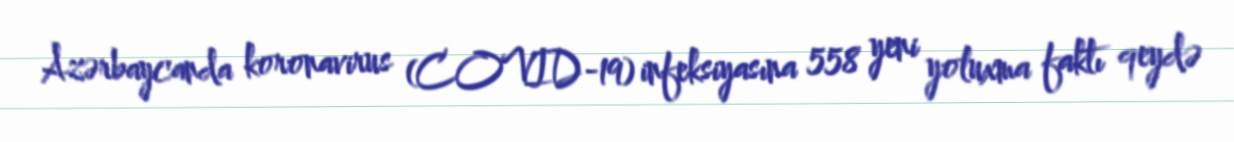
Azərbaycanda koronavirus (COVID-19) infeksiyasına 558 yeni yoluxma faktı qeydə